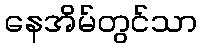
နေအိမ်တွင်သာ